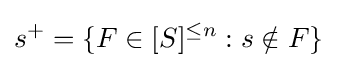
s^{+}=\{F\in [S]^{\leq n}:s\notin F\}